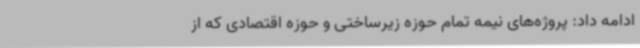
ادامه داد: پروژه‌های نیمه تمام حوزه زیرساختی و حوزه اقتصادی که از